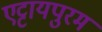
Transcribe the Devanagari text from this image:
एट्टायपुरम